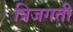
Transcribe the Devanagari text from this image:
त्रिजगती